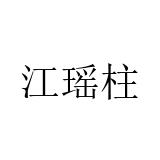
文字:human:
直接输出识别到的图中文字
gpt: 江瑶柱